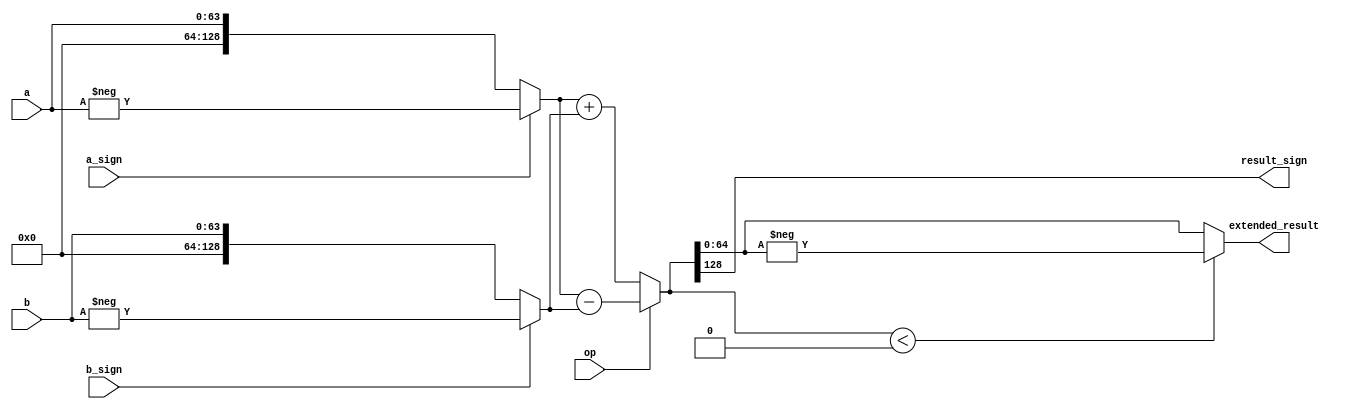
// A generic integer alu that performs arithmetic operations on two numbers (add, subtract)

module fpu_big_alu #(parameter WIDTH=64) (
    input op, // 0: add, 1: subtract
    input [WIDTH-1:0] a,
    input a_sign,
    input [WIDTH-1:0] b,
    input b_sign,
    output wire [WIDTH:0] extended_result,
    output wire result_sign
    );

    // convert to signed
    wire [2*WIDTH:0] temp_a;
    wire [2*WIDTH:0] temp_b;
    // concat zeros to the left of the number
    assign temp_a = {WIDTH{1'b0}} + a;
    assign temp_b = {WIDTH{1'b0}} + b;

    wire signed [2*WIDTH:0] a_signed;
    wire signed [2*WIDTH:0] b_signed;
    assign a_signed = a_sign ? -a : a;
    assign b_signed = b_sign ? -b : b;

    // perform the operation
    wire signed [2*WIDTH:0] result;
    assign result = op ? a_signed - b_signed : a_signed + b_signed;

    // convert back to unsigned
    assign extended_result = result < 0 ? -result : result;
    assign result_sign = result[2*WIDTH];

endmodule